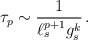
\begin{align*}\tau_p \sim {1\over \ell_s^{p+1} g_s^k}\, .\end{align*}